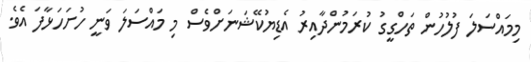
މިމައްސަލަ ފުލުހުން ތަހްގީގު ކުރަމުންދާއިރު އެޑިޔުކޭޝަނަށްވެސް މި މައްސަލަ ވަނީ ހުށަހަޅާފަ އެވެ.